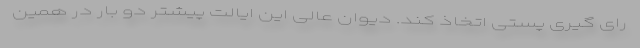
رای گیری پستی اتخاذ کند. دیوان عالی این ایالت پیشتر دو بار در همین